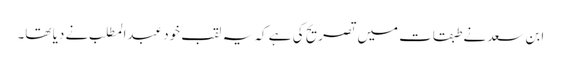
ابن سعد نے طبقات میں تصریح کی ہے کہ یہ لقب خود عبدالمطلب نے دیا تھا۔